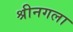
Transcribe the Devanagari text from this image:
श्रीनगला